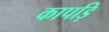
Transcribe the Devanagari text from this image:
कापड़ि